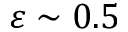
\varepsilon \sim 0 . 5